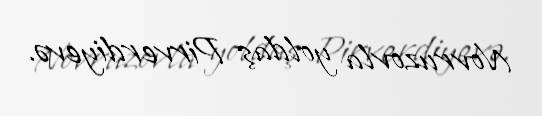
Novruzovla yoldaş Pirverdiyevə.